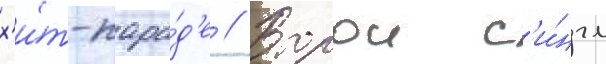
х'и́т-пара́д'е // Второи с'и́нгл